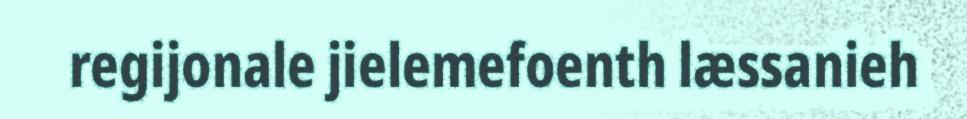
regijonale jielemefoenth læssanieh